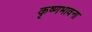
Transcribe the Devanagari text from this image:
कृष्णभावना